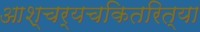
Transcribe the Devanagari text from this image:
आश्चर्यचकितरित्या